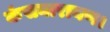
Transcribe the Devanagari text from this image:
कंसनारायण।